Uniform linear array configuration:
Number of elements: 8
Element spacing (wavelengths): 1
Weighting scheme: hamming
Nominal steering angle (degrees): -45
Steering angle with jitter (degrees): -46.863
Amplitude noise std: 0.05
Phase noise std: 0.05

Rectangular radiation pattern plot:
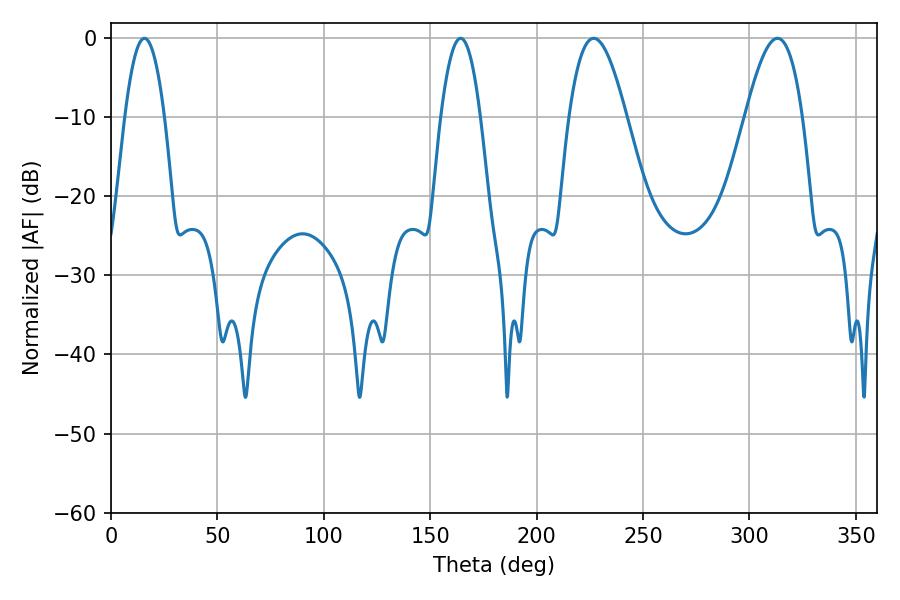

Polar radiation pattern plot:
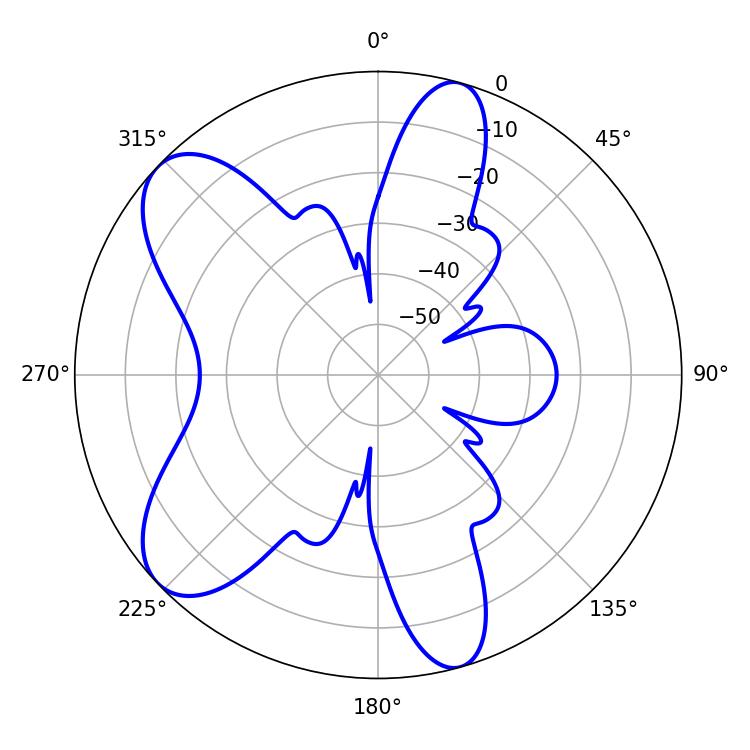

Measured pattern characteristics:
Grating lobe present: TRUE
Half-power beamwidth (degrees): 14.58
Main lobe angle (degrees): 226.8